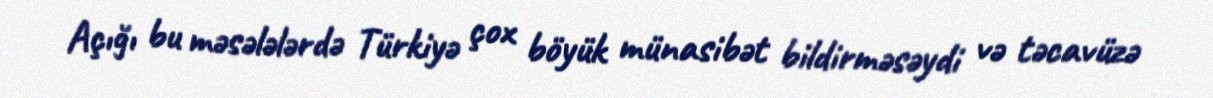
Açığı bu məsələlərdə Türkiyə çox böyük münasibət bildirməsəydi və təcavüzə